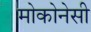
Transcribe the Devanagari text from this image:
मोकोनेसी